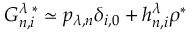
G _ { n , i } ^ { \lambda \; * } \simeq p _ { \lambda , n } \delta _ { i , 0 } + h _ { n , i } ^ { \lambda } \rho ^ { * }